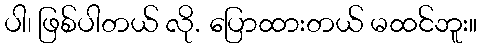
ပါ၊ ဖြစ်ပါတယ် လို. ပြောထားတယ် မထင်ဘူး။